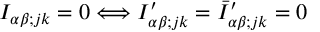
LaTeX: I _ { \alpha \beta ; j k } = 0 \Longleftrightarrow I _ { \alpha \beta ; j k } ^ { \prime } = \bar { I } _ { \alpha \beta ; j k } ^ { \prime } = 0